65_HS1-834228961_62-HQ-83894_Serial_130
Agency: FBI
Page 46
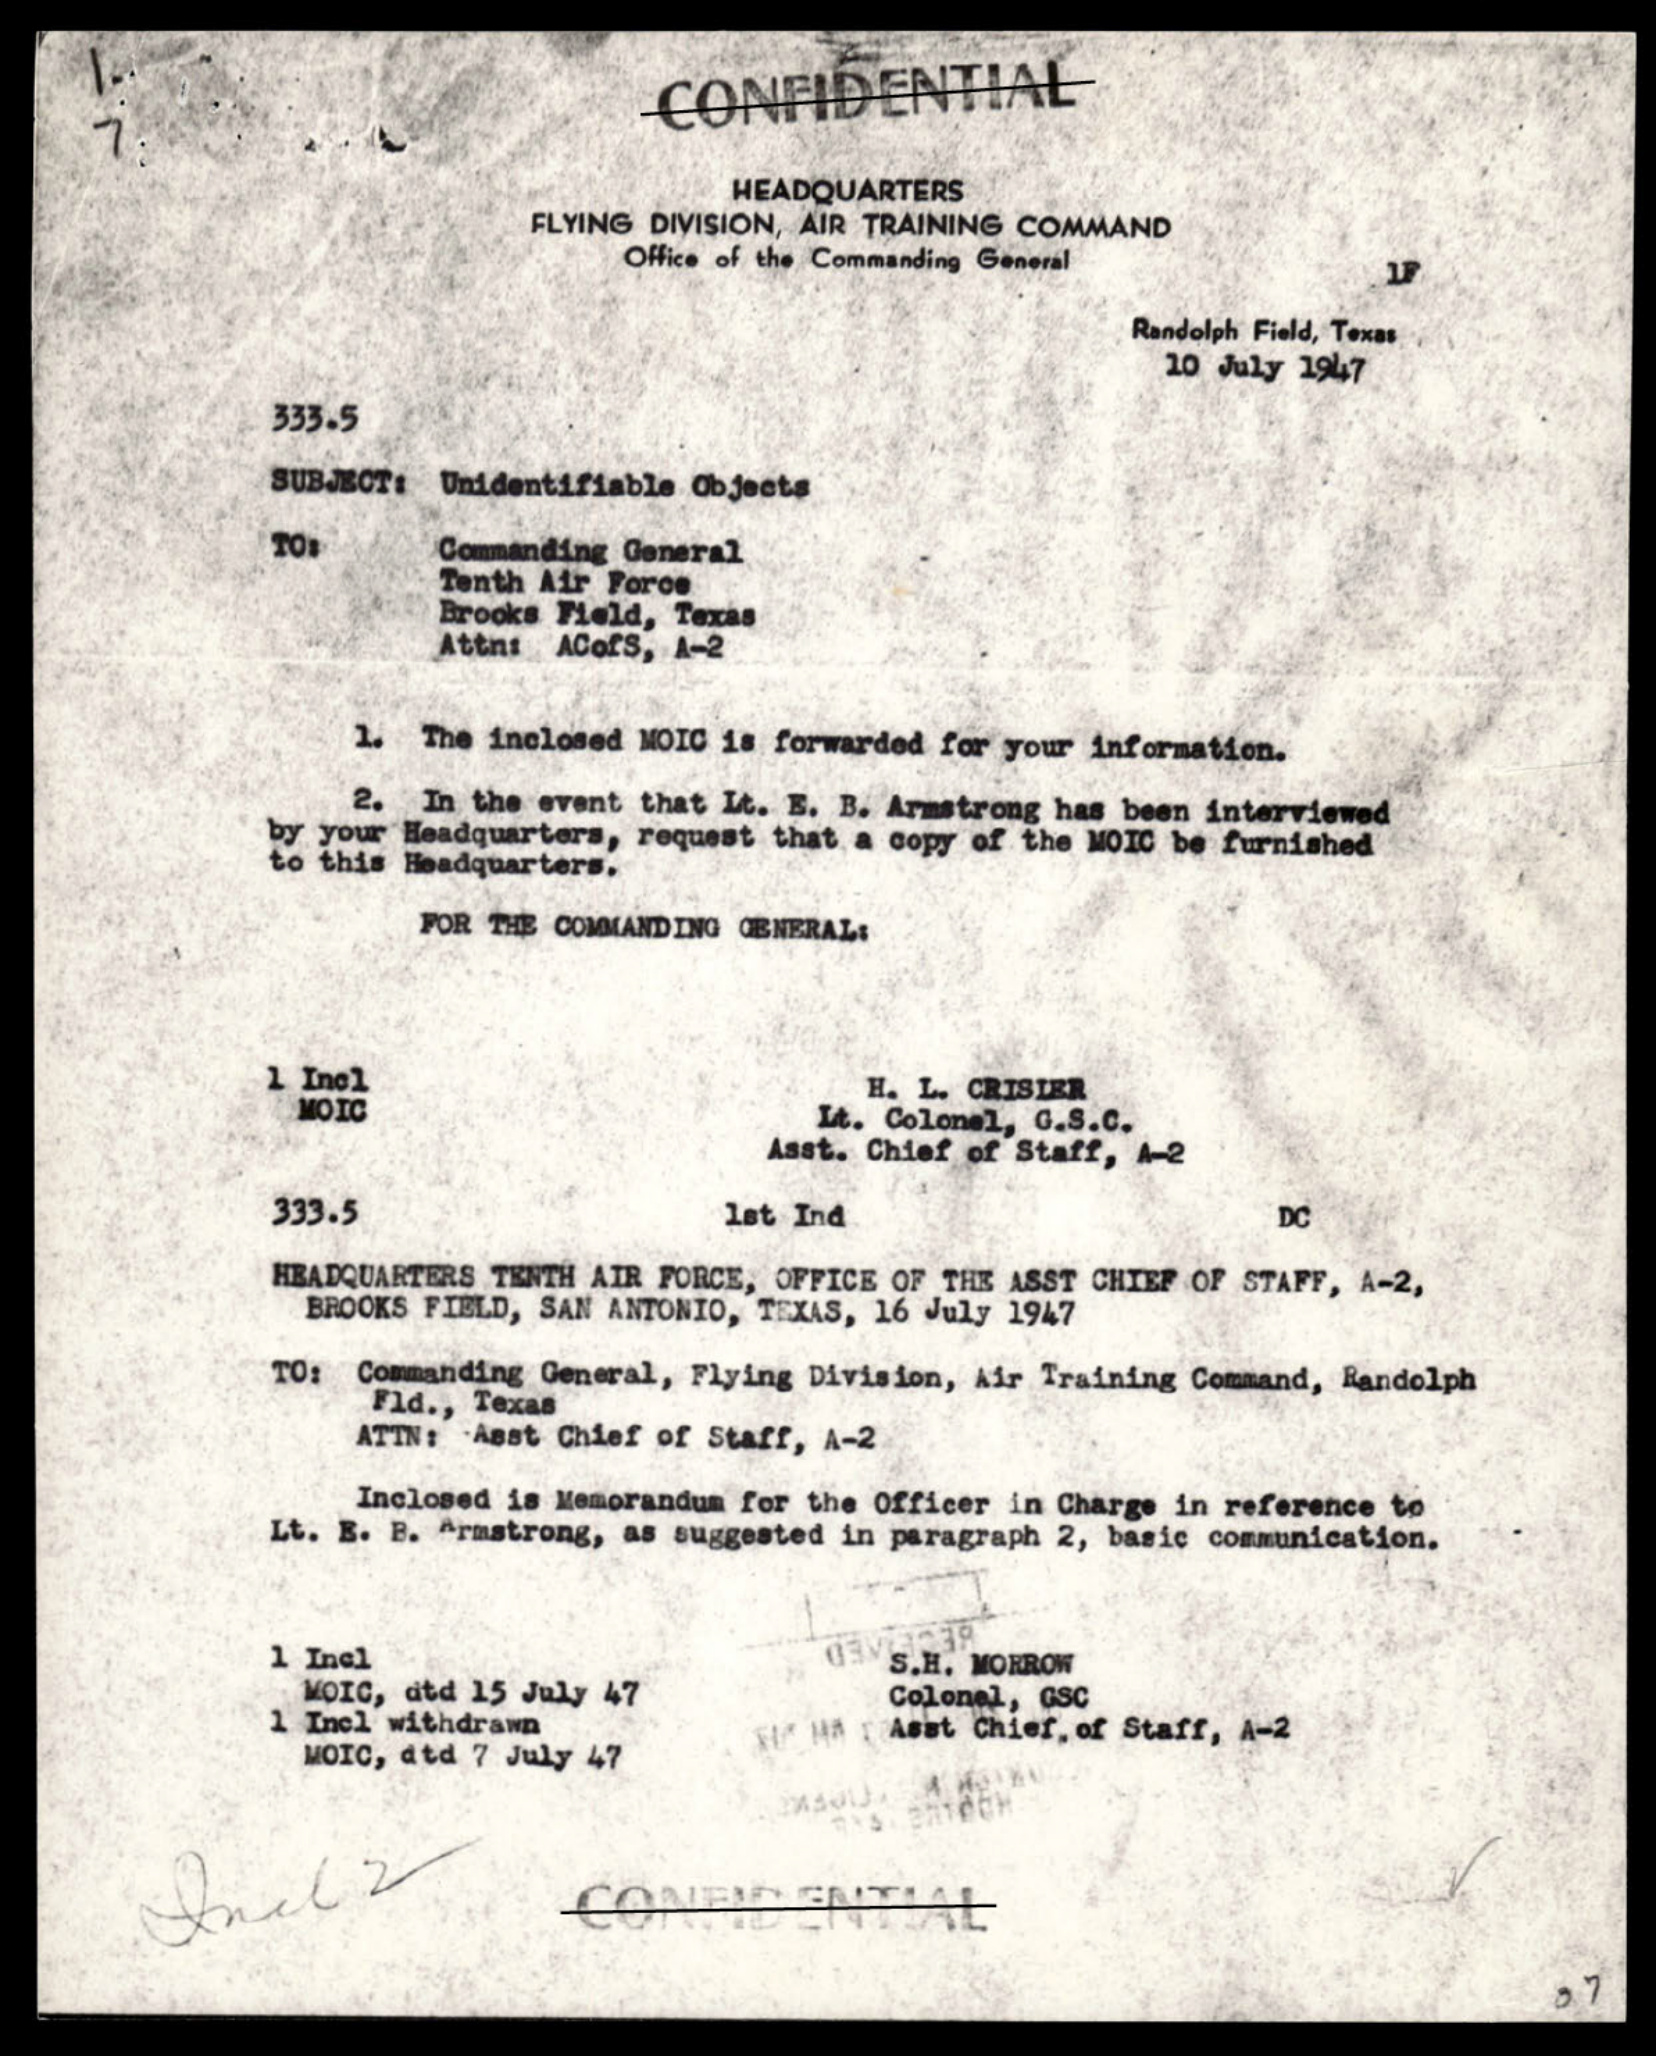